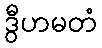
ဒွီဟမတံ